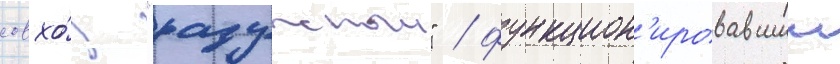
совхо́з "радужныи" / функцион'ировавшии